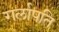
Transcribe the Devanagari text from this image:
गर्लापति